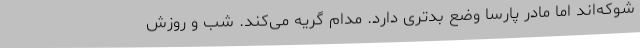
شوکه‌اند اما مادر پارسا وضع بدتری دارد. مدام گریه می‌کند. شب و روزش